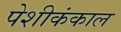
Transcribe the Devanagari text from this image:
पेशीकंकाल